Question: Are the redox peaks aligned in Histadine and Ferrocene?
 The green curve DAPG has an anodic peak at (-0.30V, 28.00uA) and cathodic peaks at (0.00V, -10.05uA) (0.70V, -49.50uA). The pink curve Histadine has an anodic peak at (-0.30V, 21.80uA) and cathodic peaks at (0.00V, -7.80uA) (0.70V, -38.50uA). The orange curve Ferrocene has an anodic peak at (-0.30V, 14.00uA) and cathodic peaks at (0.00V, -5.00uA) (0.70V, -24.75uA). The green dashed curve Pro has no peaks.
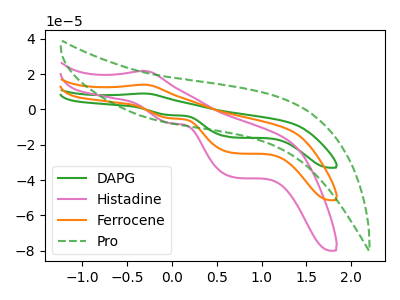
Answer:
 <answer>Yes, "Histadine" have a peak in "Ferrocene" at the same potential.</answer>
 <eval>match</eval>